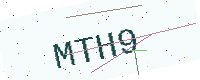
Text: MTH9